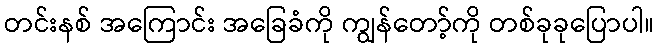
တင်းနစ် အကြောင်း အခြေခံကို ကျွန်တော့်ကို တစ်ခုခုပြောပါ။